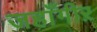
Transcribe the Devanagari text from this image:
जहाँगीऱ